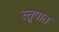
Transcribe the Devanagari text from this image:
स्तूपात